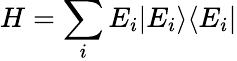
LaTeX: H=\sum_{i}E_{i}|E_{i}\rangle\langle E_{i}|